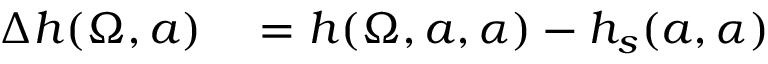
\begin{array} { r l } { \Delta { h } ( \Omega , a ) } & { { } = h ( \Omega , a , \alpha ) - h _ { s } ( a , \alpha ) } \end{array}